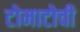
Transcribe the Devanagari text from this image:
टोमाटोची